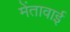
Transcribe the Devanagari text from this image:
मेंतावाई